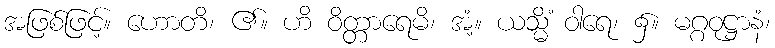
အဖြစ်ဖြင့်။ ဟောတိ၊ ၏။ ဟိ ဝိတ္တာရေမိ၊ အံ့။ ယသ္မိံ ဝါရေ၊ ၌။ မဂ္ဂဝုဋ္ဌာနံ၊